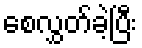
စေလွှတ်ခဲ့ပြီး